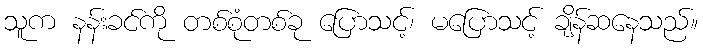
သူက နန်းခင်ကို တစ်စုံတစ်ခု ပြောသင့်၊ မပြောသင့် ချိန်ဆနေသည်။